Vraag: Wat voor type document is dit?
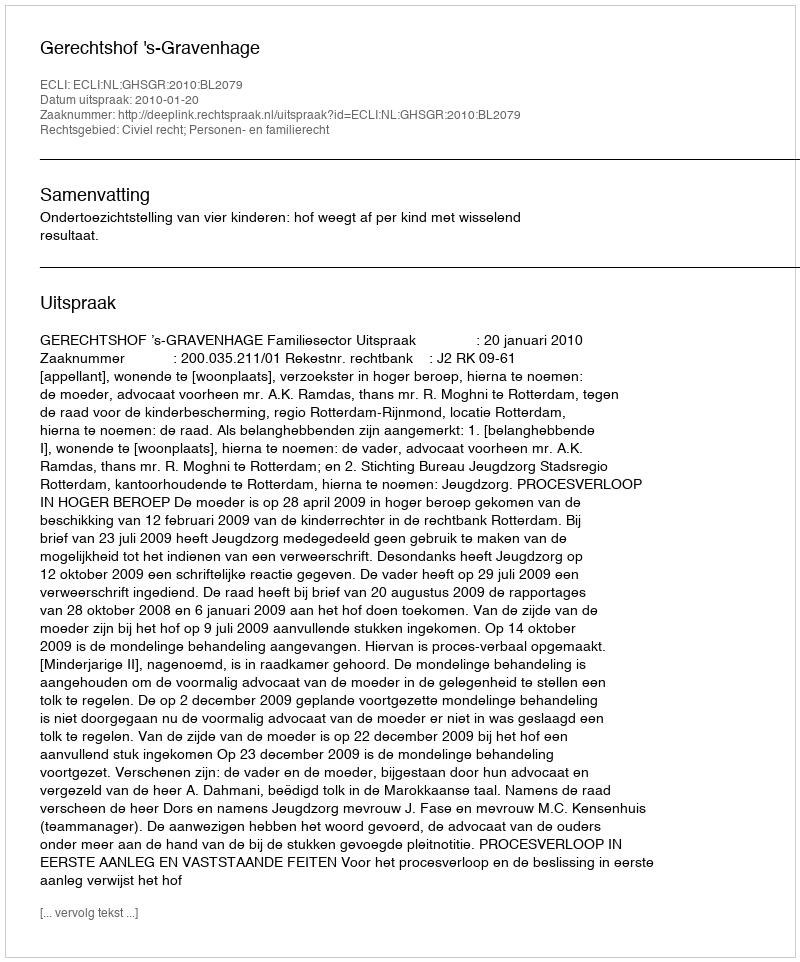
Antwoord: Uitspraak